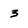
Character: 3